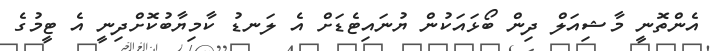
އެންތޮނީ މާޝިއަލް ދިން ބޯޅައަކުން ޔުނައިޓެޑަށް އެ ލަނޑު ކާމިޔާބުކޮށްދިނީ އެ ޓީމުގެ